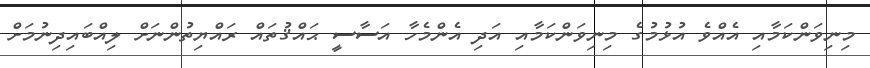
މިނިވަންކަމާއި އެއްވެ އުޅުމުގެ މިނިވަންކަމާއި އަދި އެންމެހާ އަސާސީ ޙައްޤުތައް ރައްޔިތުންނަށް ލިއްބައިދިނުމަށް